Observations on rabies - Number 36
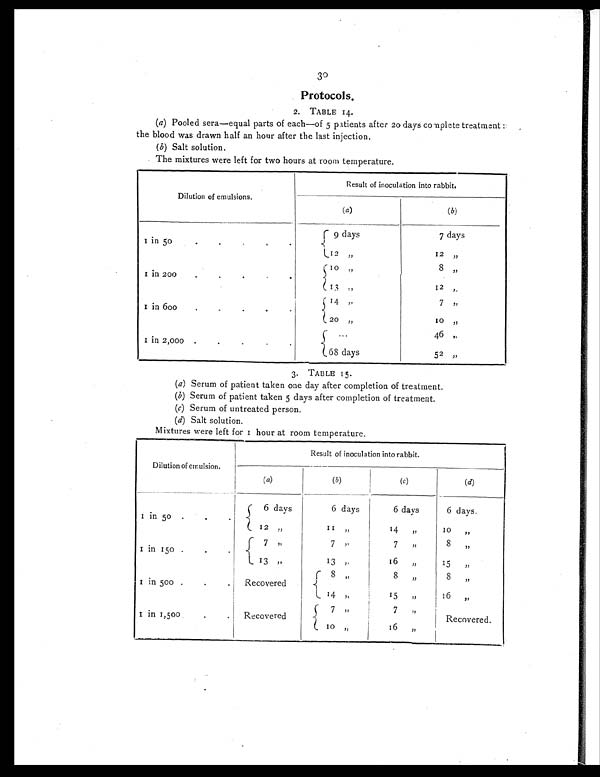
30
Protocols.
2. TABLE 14.
(a ) Pooled sera—equal parts of each—of 5 patients after 20 days complete treatment :
the blood was drawn half an hour after the last injection.
(b) Salt solution.
The mixtures were left for two hours at room temperature.
Di l ut i on of emul si ons.
Result of inoculation into rabbit.
(a)
(b)
1 in 50
.
.
. .
9 days
7 days
1 2 „
12
„
1 in 200.
.
.
10 „
8
„
13 „
12
„
1 in 600.
.
.
.
14 „
7
„
20 „
10
„
1 in 2,000.
.
.
.
. . .
46
„
68 days
52 „
3. TABLE 15.
(a) Serum of patient taken one day after completion of treatment.
(b) Serum of patient taken 5 days after completion of treatment.
(c) Ser um of unt r eat ed per s on
.
(d) Salt solution.
Mixtures were left for 1 hour at room temperature.
Dilution of emulsion.
Result of inoculation into rabbit.
(a)
(b)
(c)
(d)
1 in 50 . .
.
6 days
6 days
6 days
6 days.
12 ,,
11 „
14 ,,
10 „
1 in 150
. . .
7
„
7 „
7 „
8
„
13 ,,
13 ,,
16 „
15 „
1 in 500 . . .
Recovered
8 „
8
„
8
„
14 ,,
15 ,,
16
„
1 in 1,500.
. .
Recovered
7 „
7 ,,
Recovered.
10 „
16 „